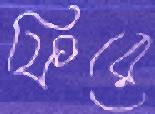
ফিরে